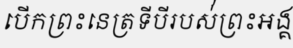
បើកព្រះនេត្រទីបីរបស់់ព្រះអង្គ